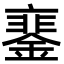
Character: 䥆